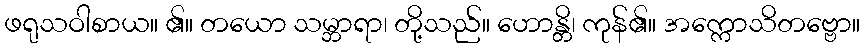
ဖရုသဝါစာယ။ ၏။ တယော သမ္ဘာရာ၊ တို့သည်။ ဟောန္တိ၊ ကုန်၏။ အက္ကောသိတဗ္ဗော။